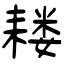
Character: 耧